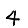
Digit: 4